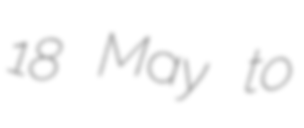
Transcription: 18 May to